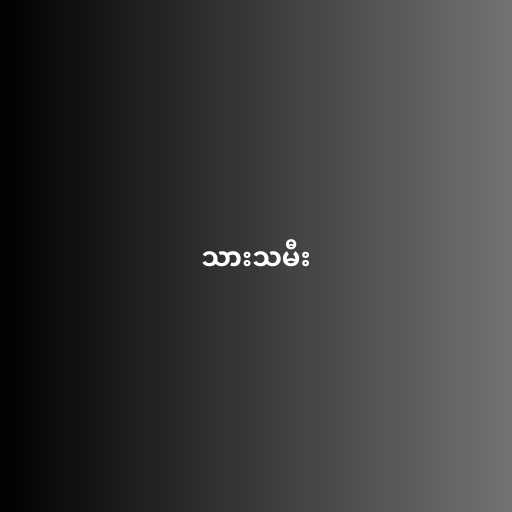
သားသမီး